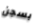
بسجن